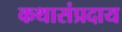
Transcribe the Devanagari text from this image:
कथासंप्रदाय